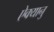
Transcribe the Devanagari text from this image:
ऐक्यानु